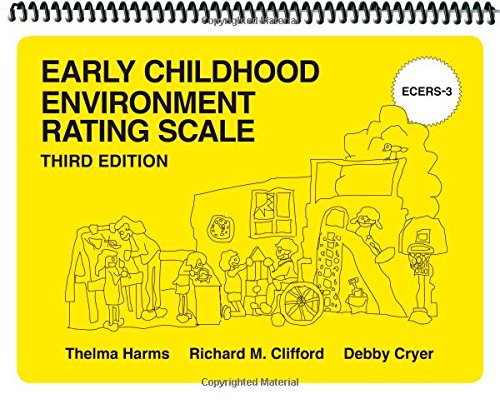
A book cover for Early Childhood Environment Rating Scales (ECERS-3); Thelma Harms; Education & Teaching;